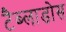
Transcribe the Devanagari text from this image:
टैब्लाडोस